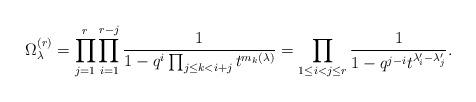
LaTeX: \begin{align*}\Omega^{(r)}_{\lambda}=\prod_{j=1}^{r}\prod_{i=1}^{r-j} \frac{1}{1- q^{i} \prod_{j \leq k < i+j} t^{m_k(\lambda)}}=\prod_{1 \leq i<j \leq r}\frac{1}{1- q^{j-i} t^{\lambda'_{i}-\lambda'_{j}}}.\end{align*}